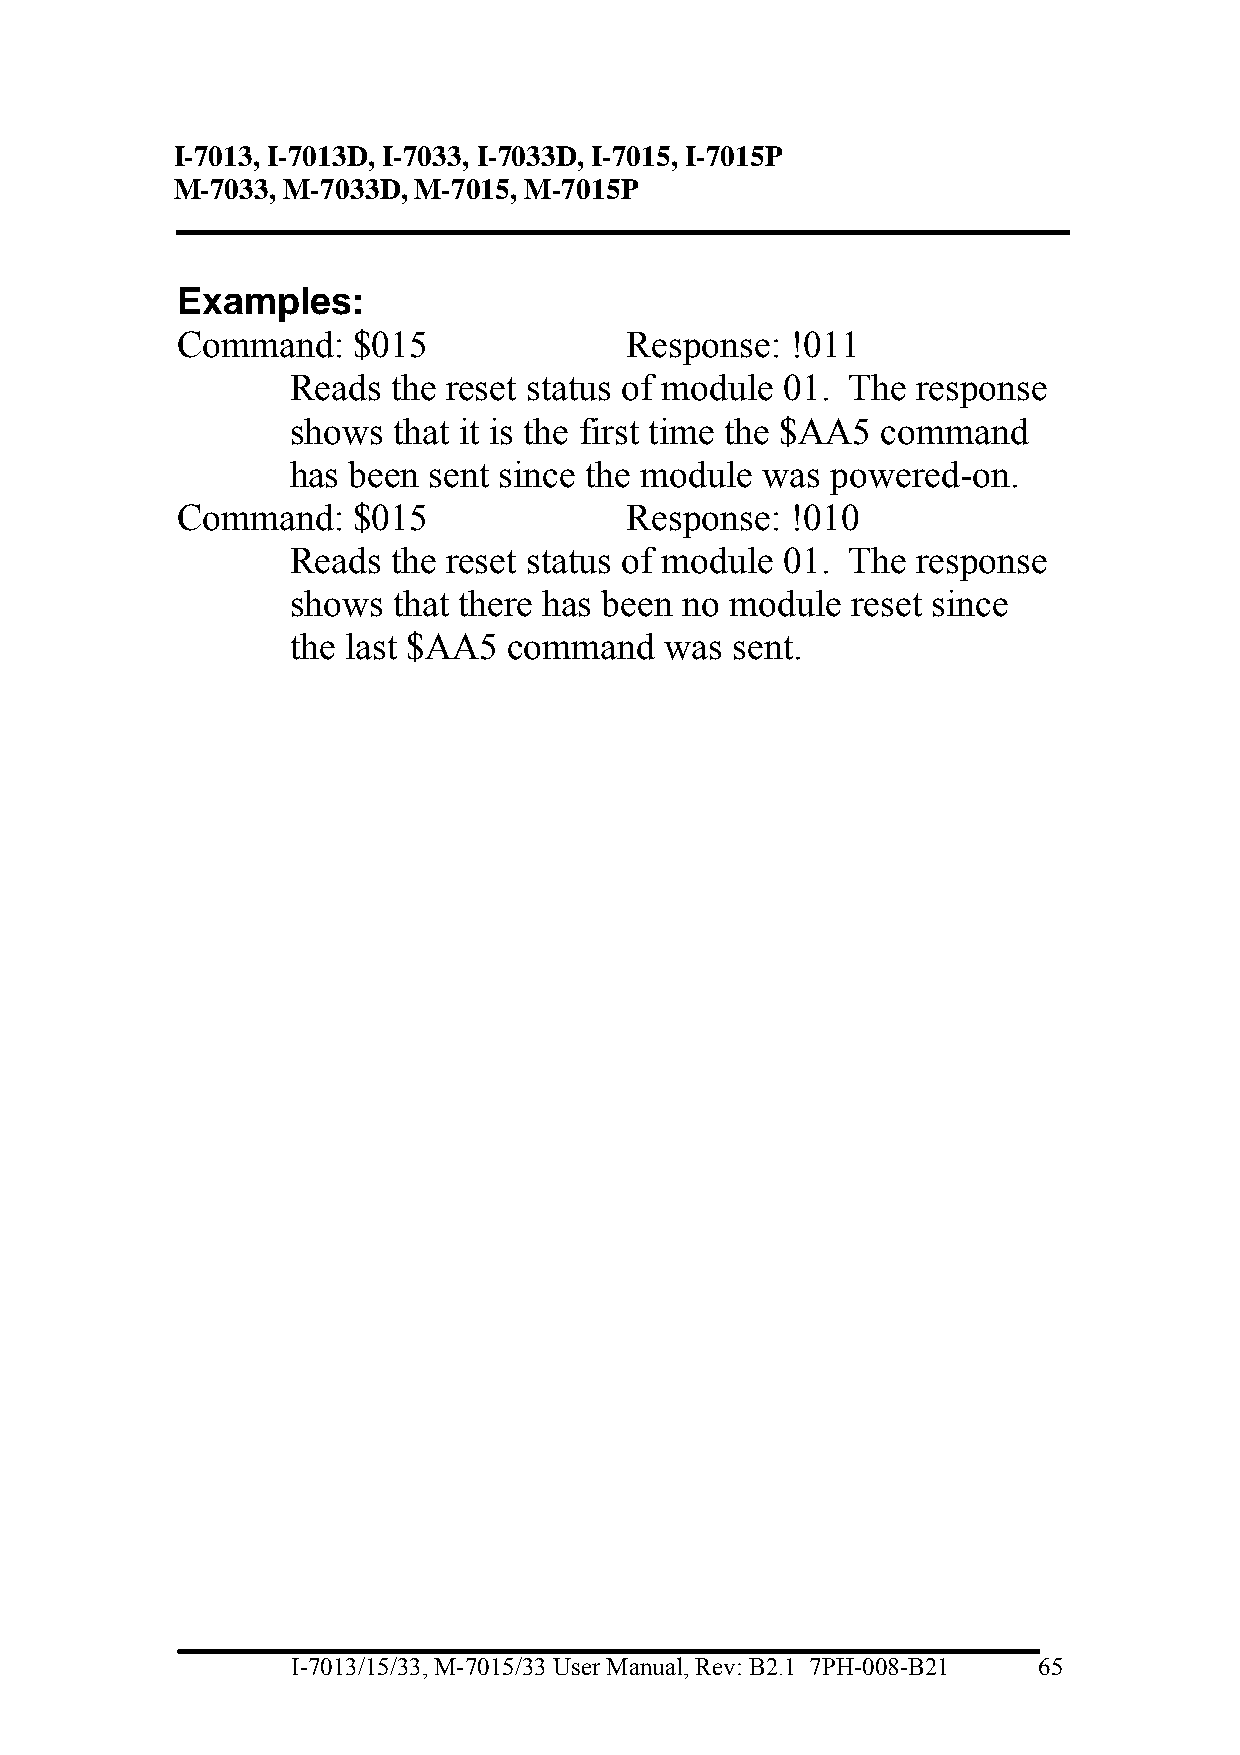
I-7013, I-7013D, I-7033, I-7033D, I-7015, I-7015P
 M-7033, M-7033D, M-7015, M-7015P
 Examples:
 Command:   $015               Response: !011
 Reads  the reset status of module 01. The response
 shows  that it is the first time the $AA5 command
 has been sent since the module was  powered-on.
 Command:   $015               Response: !010
 Reads  the reset status of module 01. The response
 shows  that there has been no module reset since
 the last $AA5  command   was sent.
 I-7013/15/33, M-7015/33 User Manual, Rev: B2.1 7PH-008-B21 65